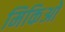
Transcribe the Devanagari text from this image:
मिकिओ